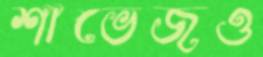
শাভেজও